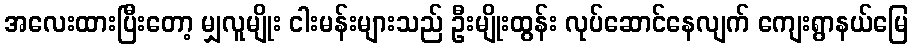
အလေးထားပြီးတော့ မျှလူမျိုး ငါးမန်းများသည် ဦးမျိုးထွန်း လုပ်ဆောင်နေလျက် ကျေးရွာနယ်မြေ